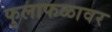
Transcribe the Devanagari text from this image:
फुलाफळावर